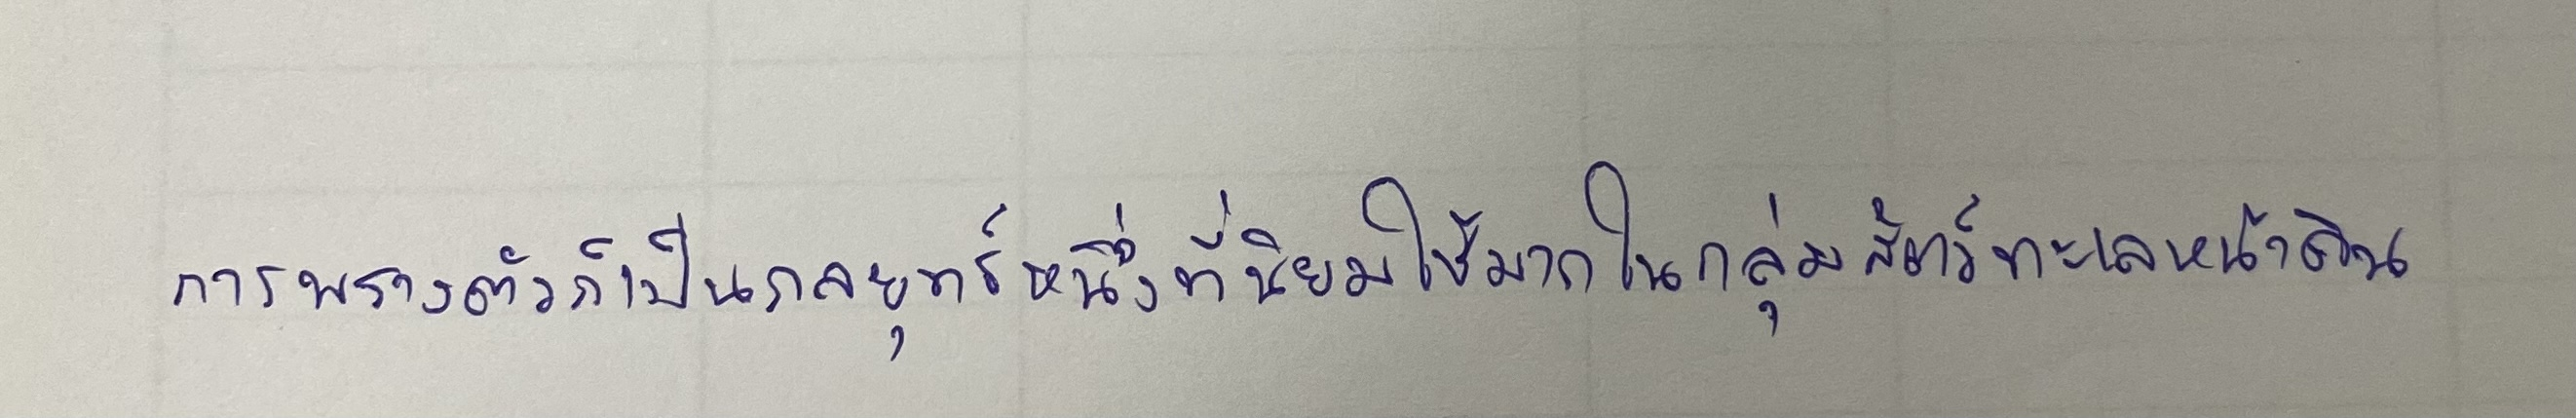
การพรางตัวก็เป็นกลยุทธ์หนึ่งที่นิยมใช้มากในกลุ่มสัตว์ทะเลหน้าดิน